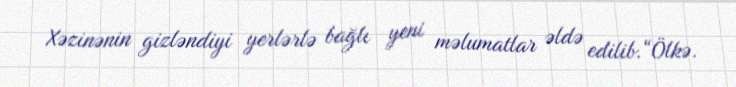
Xəzinənin gizləndiyi yerlərlə bağlı yeni məlumatlar əldə edilib.“Ölkə.